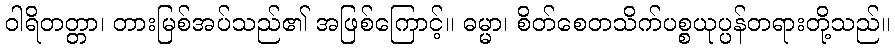
ဝါရိတတ္တာ၊ တားမြစ်အပ်သည်၏ အဖြစ်ကြောင့်။ ဓမ္မာ၊ စိတ်စေတသိက်ပစ္စယုပ္ပန်တရားတို့သည်။